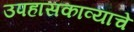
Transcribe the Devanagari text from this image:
उपहासकाव्याचे